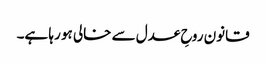
قانون روحِ عدل سے خالی ہو رہا ہے۔